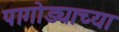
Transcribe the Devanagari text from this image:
पागोड्याच्या